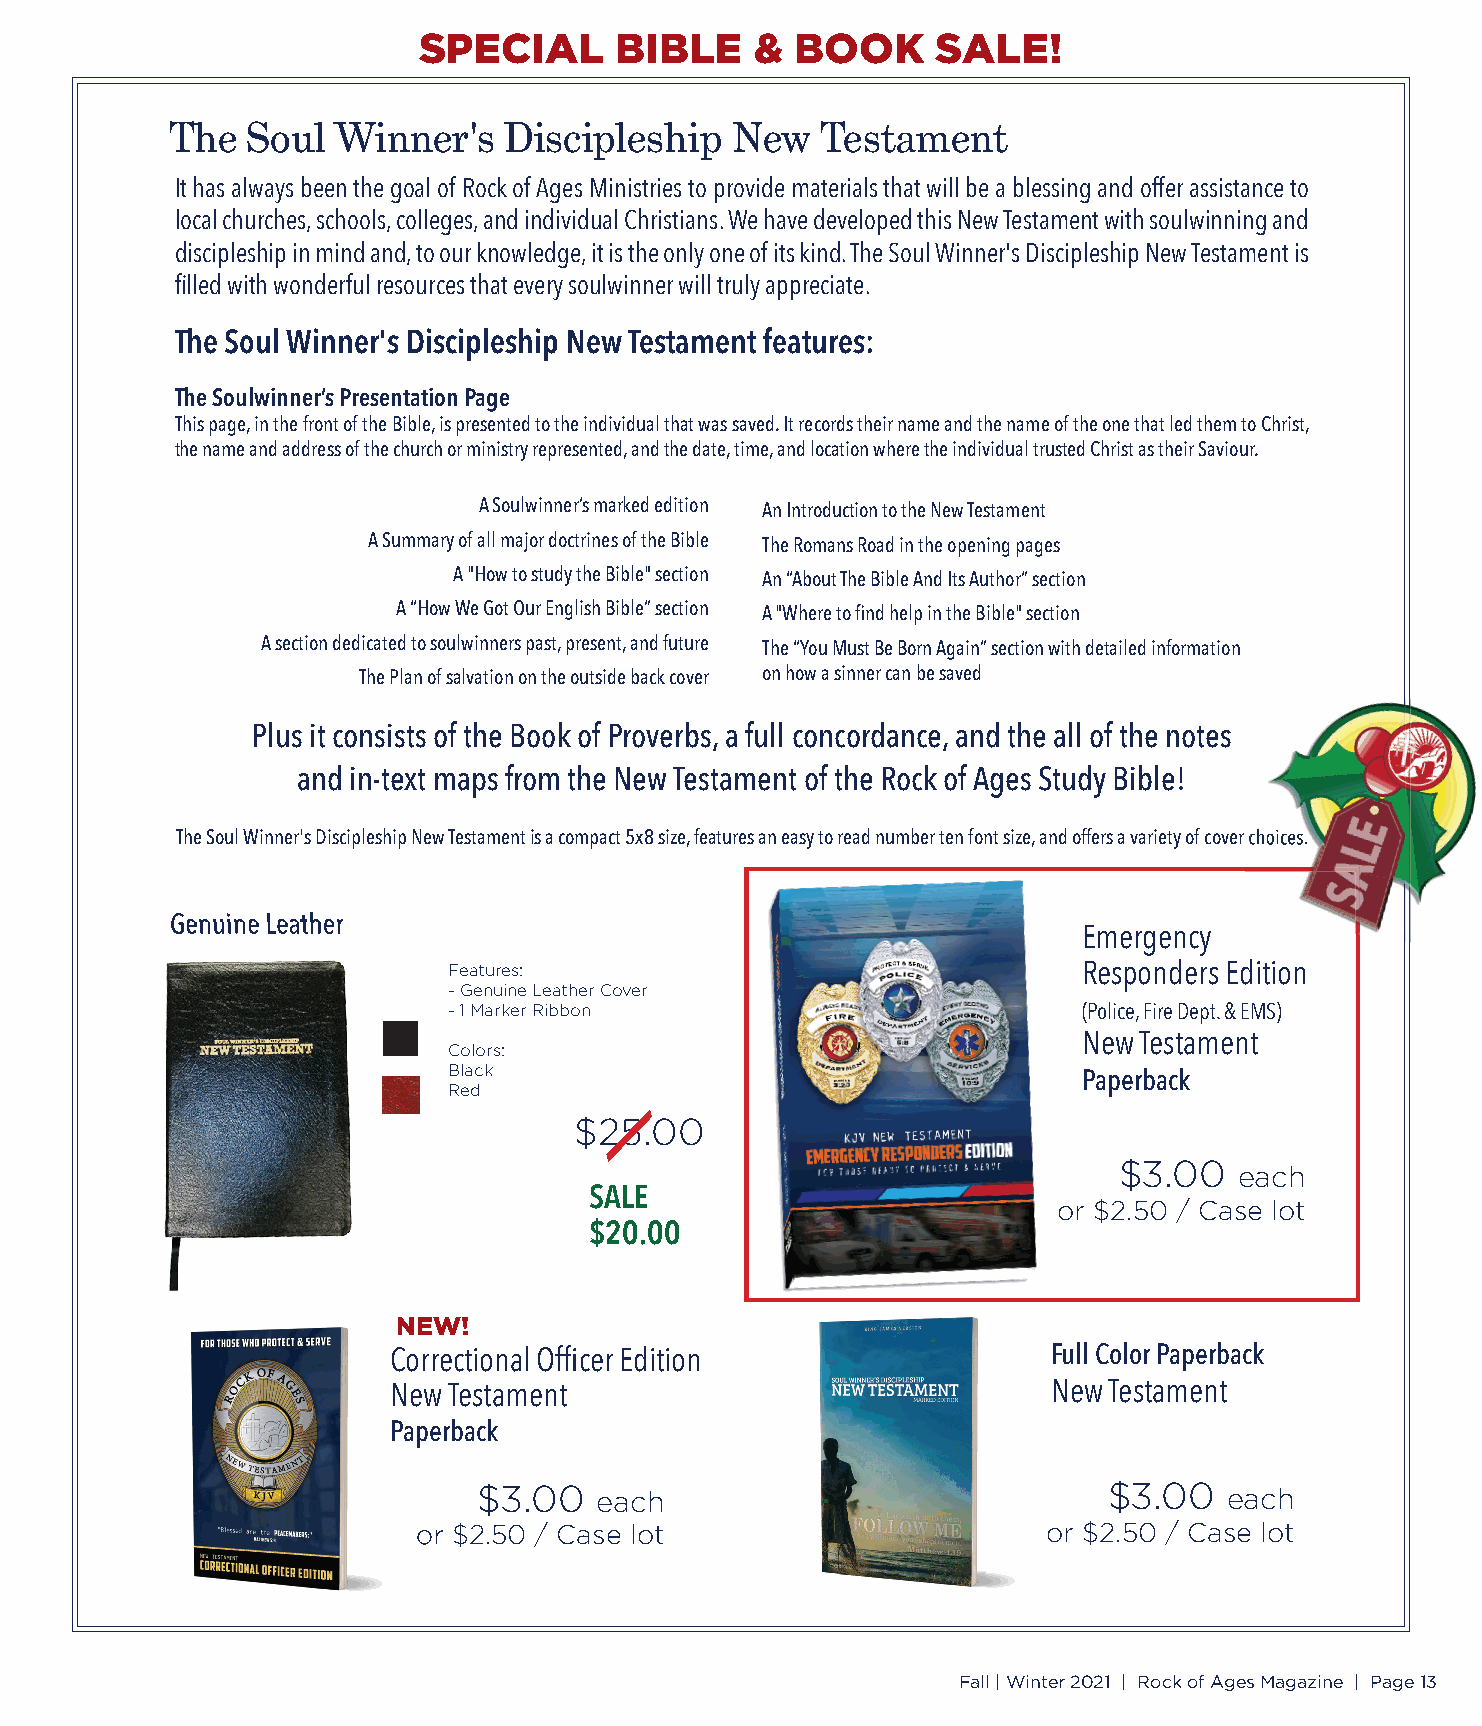
SPECIAL      BIBLE    &  BOOK     SALE!
 The  Soul  Winner's   Discipleship   New   Testament
 It has always been the goal of Rock of Ages Ministries to provide materials that will be a blessing and offer assistance to
 local churches, schools, colleges, and individual Christians. We have developed this New Testament with soulwinning and
 discipleship in mind and, to our knowledge, it is the only one of its kind. The Soul Winner's Discipleship New Testamentis
 fi lled with wonderful resources that every soulwinner will truly appreciate.
 The Soul Winner's Discipleship New Testament features:
 The Soulwinner’s Presentation Page
 This page, in the front of the Bible, is presented to the individual that was saved. It records their name and the name of the one that led them to Christ,
 the name and address of the church or ministry represented, and the date, time, and location where the individual trusted Christ as their Saviour.
 A Soulwinner’s marked edition An Introduction to the New Testament
 A Summary of all major doctrines of the Bible The Romans Road in the opening pages
 A "How to study the Bible" section An “About The Bible And Its Author” section
 A “How We Got Our English Bible” section A "Where to fi nd help in the Bible" section
 A section dedicated to soulwinners past, present, and future The “You Must Be Born Again” section with detailed information
 The Plan of salvation on the outside back cover on how a sinner can be saved
 Plus it consists of the Book of Proverbs, a full concordance, and the all of the notes
 and in-text maps from the New Testament of the Rock of Ages Study Bible!
 The Soul Winner's Discipleship New Testament iiss aa ccoommppaacctt 55xx88 ssiizzee,, ffeeaattuurreess aann eeaassyy ttoo rreeaadd nnuummbbeerr tteenn ffoonntt ssiizzee,, aanndd ooffffeerrss aa vvaarriieettyy ooff ccoovveerr cchhooiicceess..
 GGeennuuiinnee LLeeaatthheerr
 Emergency
 Features:                                 Responders Edition
 - Genuine Leather Cover
 - 1 Marker Ribbon                         (Police, Fire Dept. & EMS)
 New Testament
 Colors:
 Black                                     Paperback
 Red
 $25.00
 $3.00
 each
 SALE
 or $2.50 / Case lot
 $20.00
 NEW!
 Full Color Paperback
 Correctional Offi cer Edition
 New Testament                               New Testament
 Paperback
 $3.00  each                              $3.00   each
 oorr $$22..5500 // CCaassee lloott       or $2.50 / Case lot
 Fall | Winter 2021 | Rock of Ages Magazine | Page 13